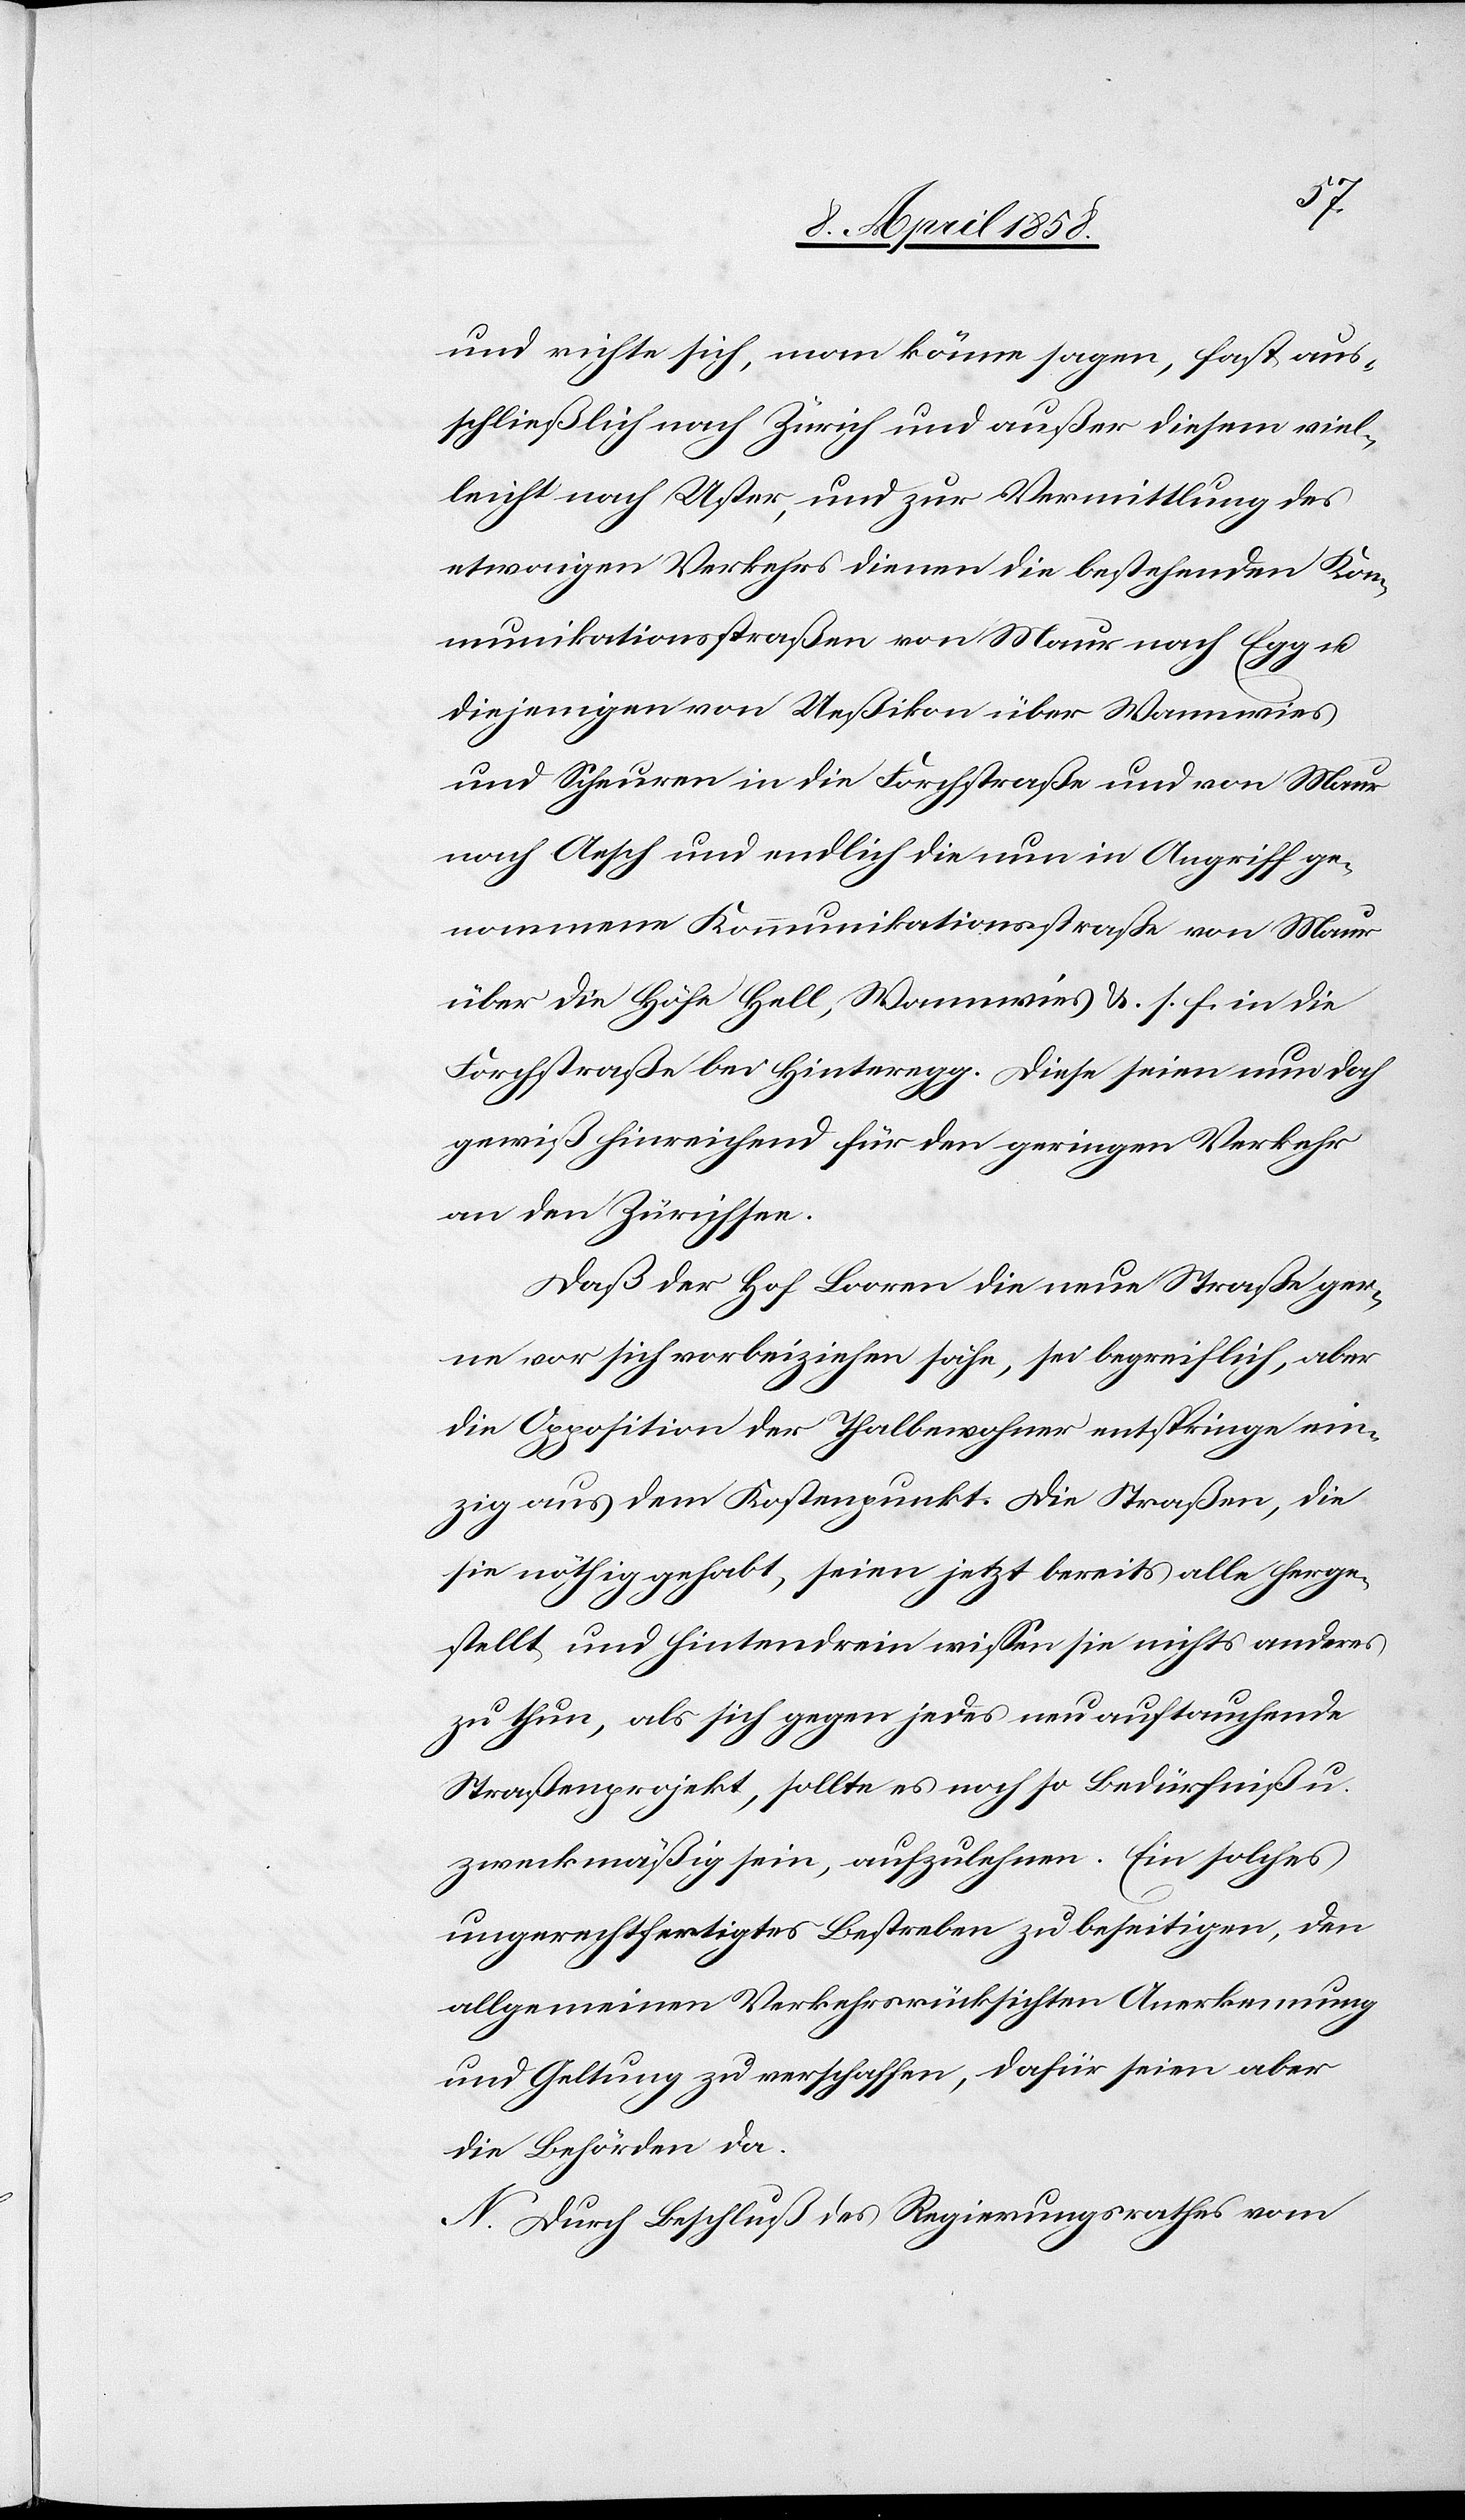
und richte sich, man könne sagen, fast aus¬
schließlich nach Zürich und außer diesem viel¬
leicht nach Uster, und zur Vermittlung des
etwaigen Verkehrs dienen die bestehenden Kom¬
munikationsstraßen von Maur nach Egg u.
diejenigen von Ueßikon über Wannwies
und Scheuren in die Forchstraße und von Maur
nach Aesch und endlich die nun in Angriff ge¬
nommene Kommunikationsstraße von Maur
über die Höfe Hell, Wannwies u. s. f. in die
Forchstraße bei Hinteregg. Diese seien nun doch
gewiß hinreichend für den geringen Verkehr
an den Zürichsee.
Daß der Hof Looren die neue Straße ger¬
ne vor sich vorbeiziehen sähe, sei begreiflich, aber
die Opposition der Thalbewohner entspringe ein¬
zig aus dem Kostenpunkt. Die Straßen, die
sie nöthig gehabt, seien jetzt bereits alle herge¬
stellt und hintendrein wissen sie nichts anderes
zu thun, als sich gegen jedes neu auftauchende
Straßenprojekt, sollte es noch so Bedürfniß[-]
zweckmäßig sein, aufzulehnen. Ein solches
ungerechtfertigtes Bestreben zu beseitigen, den
allgemeinen Verkehrsrücksichten Anerkennung
und Geltung zu verschaffen, dafür seien aber
die Behörden da.
N. Durch Beschluß des Regierungsraths vom